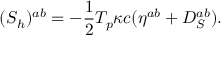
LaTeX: ( { S } _ { h } ) ^ { a b } = { - { \frac { 1 } { 2 } } T _ { p } \kappa c } ( \eta ^ { a b } + D _ { S } ^ { a b } ) .